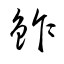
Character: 鈼